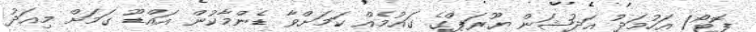
ފޮޓޯ/ އަހުމަދު އަދުޝަން ޔޫރަޕްގެ ގައުމެއް ކަމަށްވާ ޑެންމާކުން އައްޑޫ ގަމަށް މިއަދު